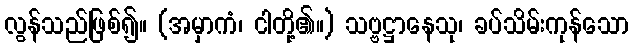
လွန်သည်ဖြစ်၍။ (အမှာကံ၊ ငါတို့၏။) သဗ္ဗဋ္ဌာနေသု၊ ခပ်သိမ်းကုန်သော